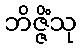
ဘိဇ္ဇိံသု